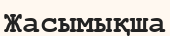
Жасымықша